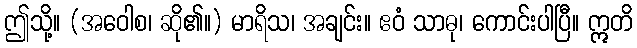
ဤသို့။ (အဝေါစ၊ ဆို၏။) မာရိသ၊ အချင်း။ ဧဝံ သာဓု၊ ကောင်းပါပြီ။ ဣတိ